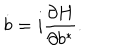
LaTeX: \dot { b } = i \frac { \partial H } { \partial b ^ { * } } .